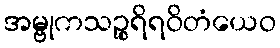
အမ္ဗုကသဉ္စရိရဝိတံယေဝ